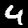
Label: 4